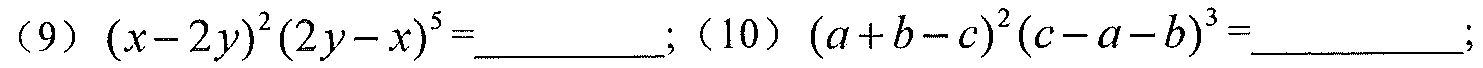
（9）\((x - 2y)^{2}(2y - x)^{5}=\underline{\quad\quad}\);（10）\((a + b - c)^{2}(c - a - b)^{3}=\underline{\quad\quad}\);